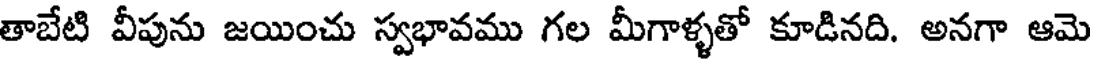
తాబేటి వీపును జయించు స్వభావము గల మీగాళ్ళతో కూడినది. అనగా ఆమె